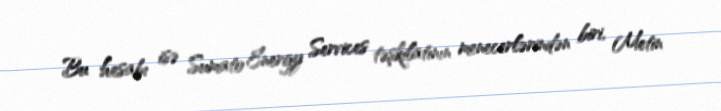
Bu hesabı isə Sumato Energy Services təşkilatının menecerlərindən biri, Metin